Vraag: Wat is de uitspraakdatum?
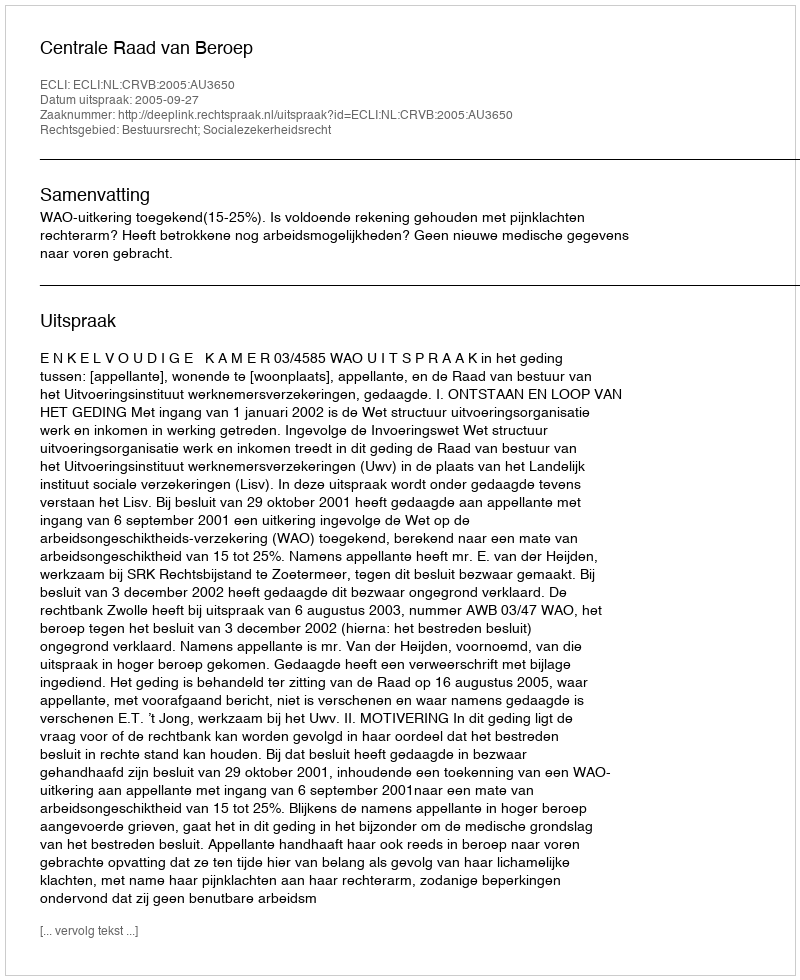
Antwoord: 2005-09-27